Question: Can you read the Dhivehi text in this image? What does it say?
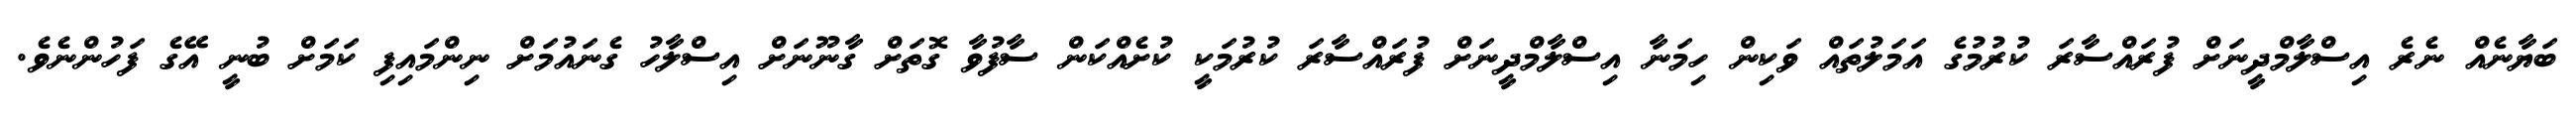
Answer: ބަޔާނެއް ނެރެ އިސްލާމްދީނަށް ފުރައްސާރަ ކުރުމުގެ އަމަލުތައް ވަކިން ހިމަނާ އިސްލާމްދީނަށް ފުރައްސާރަ ކުރުމަކީ ކުށެއްކަން ސާފުވާ ގޮތަށް ގާނޫނަށް އިސްލާހު ގެނައުމަށް ނިންމައިފި ކަމަށް ބުނީ އޭގެ ފަހުންނެވެ.